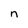
Character: n